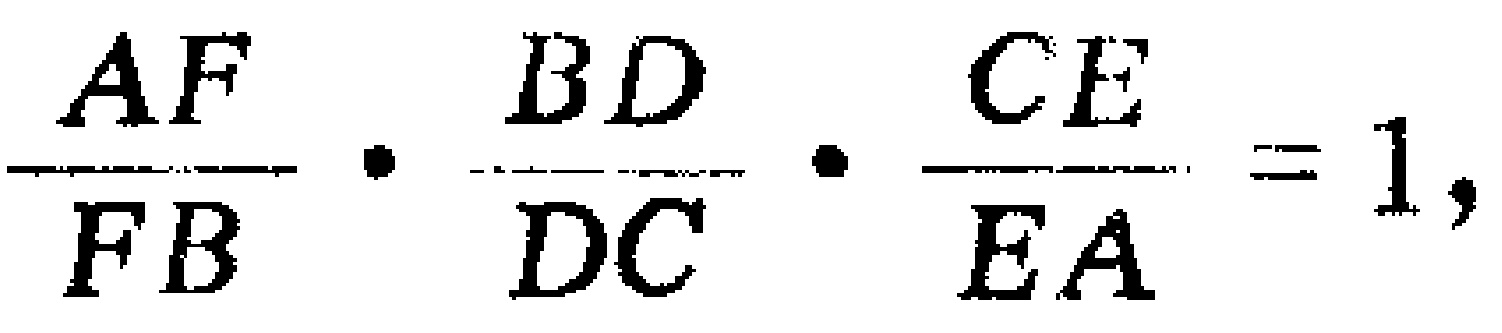
$\frac{AF}{FB}\cdot\frac{BD}{DC}\cdot\frac{CE}{EA}=1,$